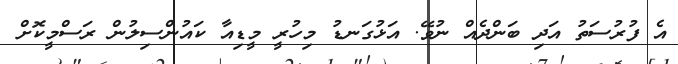
އެ ފުރުސަތު އަދި ބަންދެއް ނުވޭ. އަޅުގަނޑު މިހުރީ މީޑިއާ ކައުންސިލުން ރަސްމީކޮށް